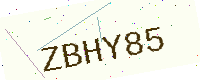
Text: ZBHY85